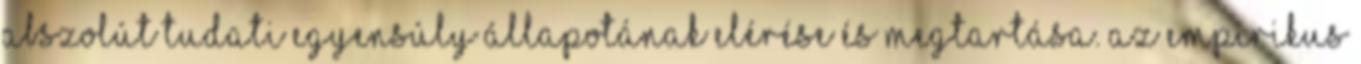
abszolút tudati egyensúly állapotának elérése és megtartása. Az empirikus